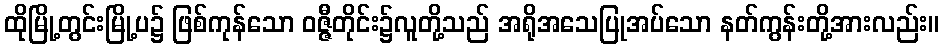
ထိုမြို့တွင်းမြို့ပ၌ ဖြစ်ကုန်သော ဝဇ္ဇီတိုင်း၌လူတို့သည် အရိုအသေပြုအပ်သော နတ်ကွန်းတို့အားလည်း။